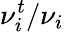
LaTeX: \nu_{i}^{t}/\nu_{i}